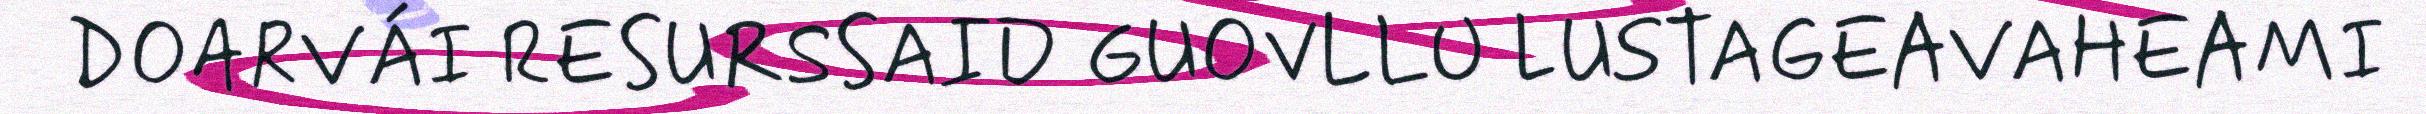
DOARVÁI RESURSSAID GUOVLLU LUSTAGEAVAHEAMI